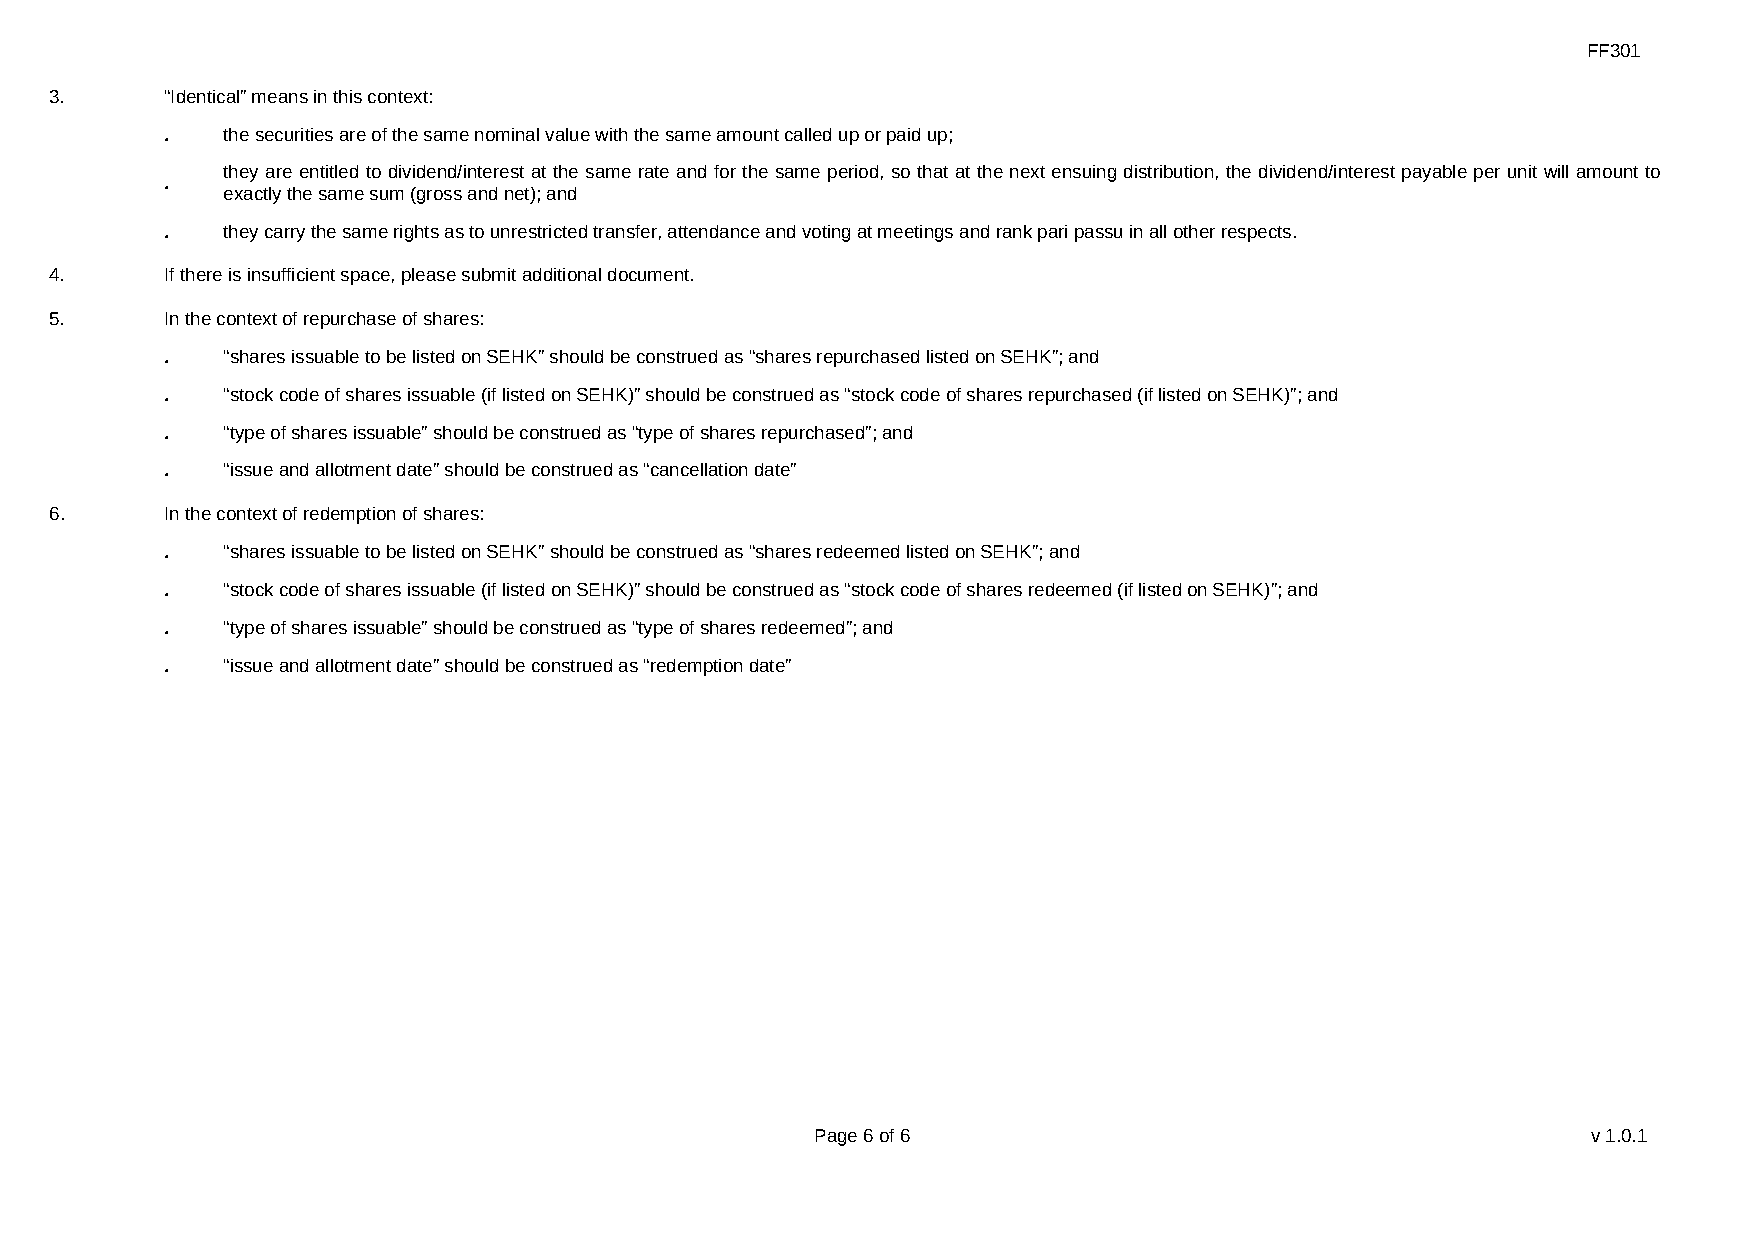
FF301
 3.      “Identical” means in this context:
 ．   the securities are of the same nominal value with the same amount called up or paid up;
 they are entitled to dividend/interest at the same rate and for the same period, so that at the next ensuing distribution, the dividend/interest payable per unit will amount to
 ．
 exactly the same sum (gross and net); and
 ．   they carry the same rights as to unrestricted transfer, attendance and voting at meetings and rank pari passu in all other respects.
 4.      If there is insufficient space, please submit additional document.
 5.      In the context of repurchase of shares:
 ．   “shares issuable to be listed on SEHK” should be construed as “shares repurchased listed on SEHK”; and
 ．   “stock code of shares issuable (if listed on SEHK)” should be construed as “stock code of shares repurchased (if listed on SEHK)”; and
 ．   “type of shares issuable” should be construed as “type of shares repurchased”; and
 ．   “issue and allotment date” should be construed as “cancellation date”
 6.      In the context of redemption of shares:
 ．   “shares issuable to be listed on SEHK” should be construed as “shares redeemed listed on SEHK”; and
 ．   “stock code of shares issuable (if listed on SEHK)” should be construed as “stock code of shares redeemed (if listed on SEHK)”; and
 ．   “type of shares issuable” should be construed as “type of shares redeemed”; and
 ．   “issue and allotment date” should be construed as “redemption date”
 Page 6 of 6                                        v1.0.1